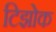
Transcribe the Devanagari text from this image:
टिझोक